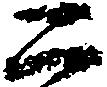
二